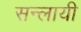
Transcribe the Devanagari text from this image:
सन्लायी